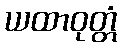
ယထာဝုတ္တံ